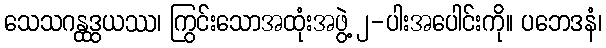
သေသဂန္ထဒွယဿ၊ ကြွင်းသောအထုံးအဖွဲ့ ၂-ပါးအပေါင်းကို။ ပဘေဒနံ၊